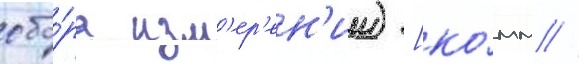
сбо́ра изм'ер'ен'ии) [ко́мм //